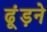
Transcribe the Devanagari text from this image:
ढूंड़ने